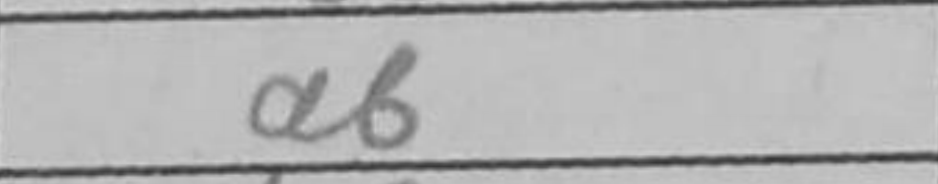
Transcription: Bf3